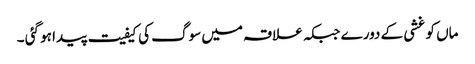
ماں کو غشی کے دورے جبکہ علاقہ میں سوگ کی کیفیت پیدا ہو گئی ۔